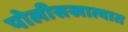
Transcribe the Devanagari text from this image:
पोलीसखात्यात